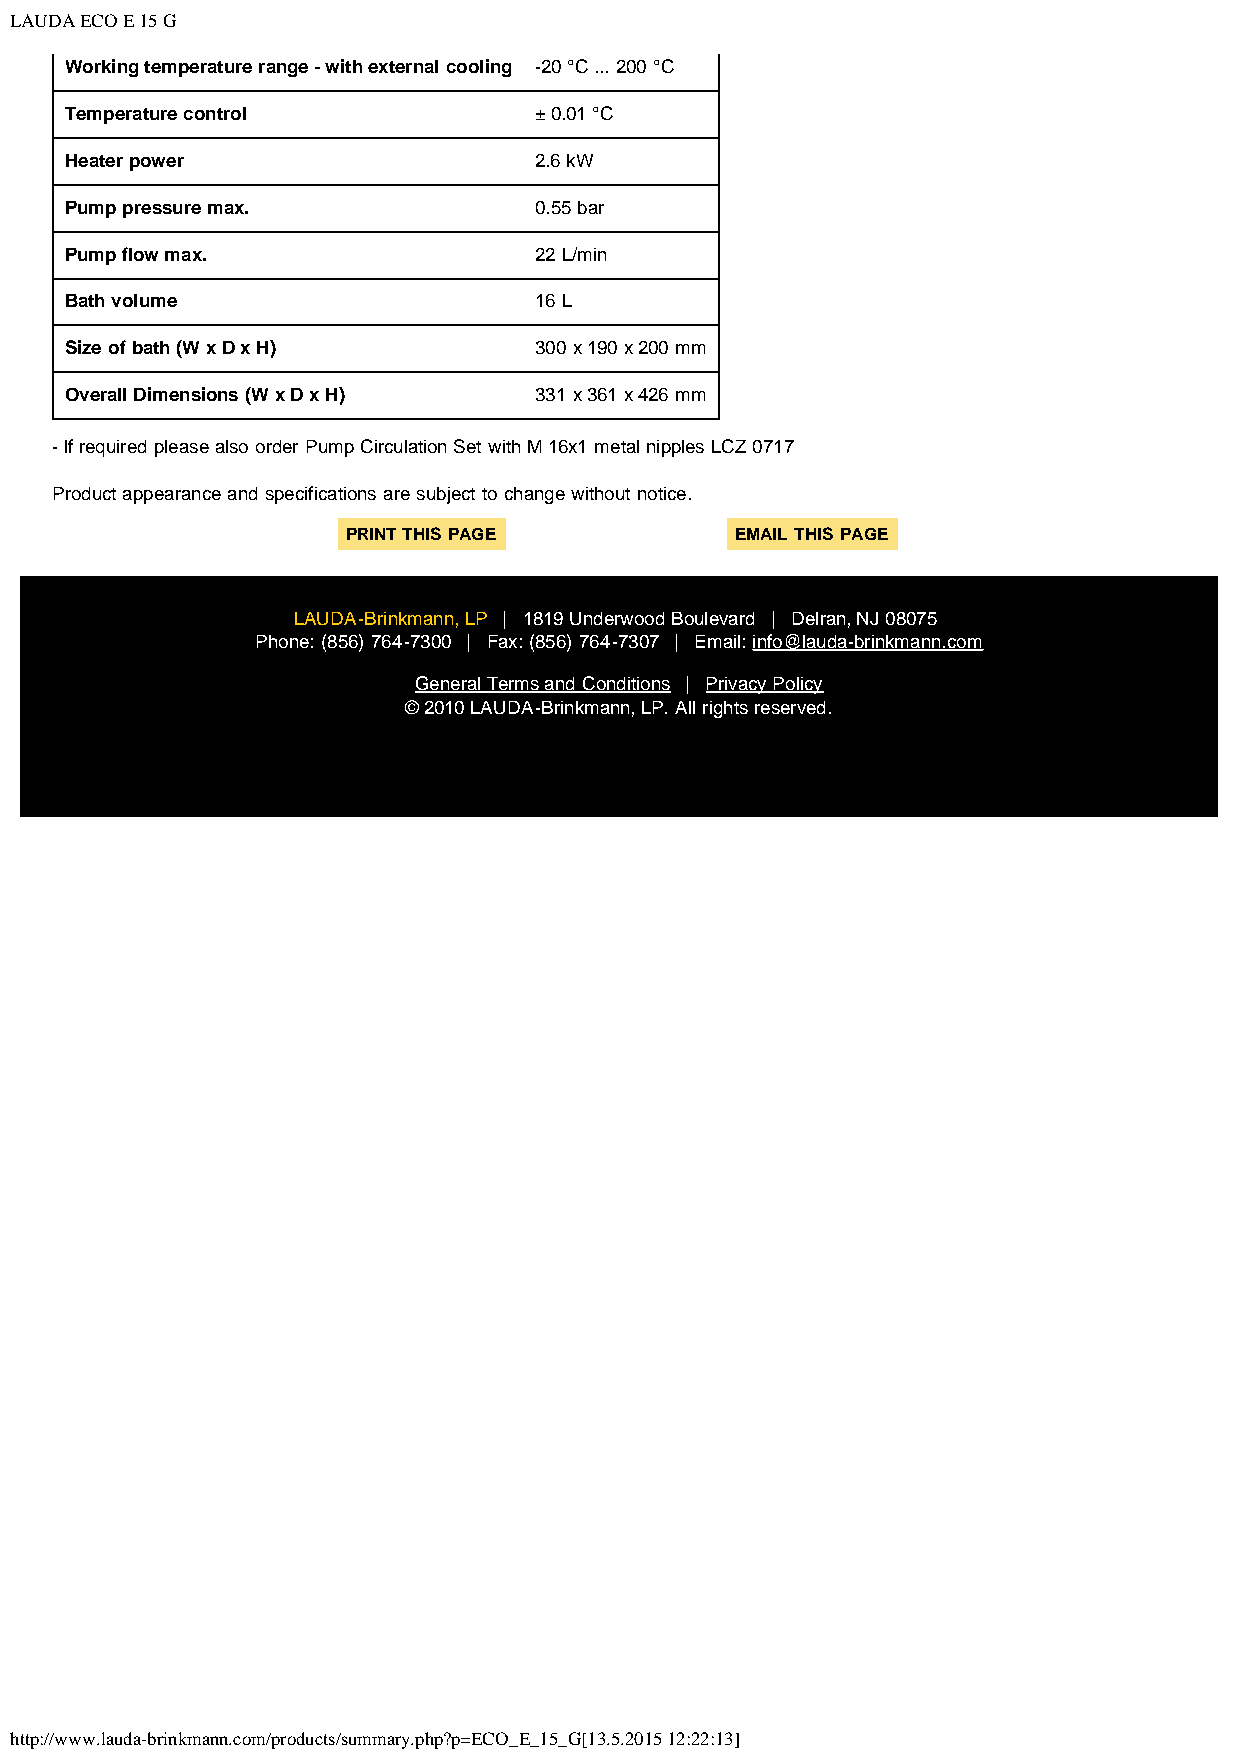
LAUDA ECO E 15 G
 Working temperature range - with external cooling -20 °C ... 200 °C
 Temperature control            ± 0.01 °C
 Heater power                   2.6 kW
 Pump pressure max.             0.55 bar
 Pump flow max.                 22 L/min
 Bath volume                    16 L
 Size of bath (W x D x H)       300 x 190 x 200 mm
 Overall Dimensions (W x D x H) 331 x 361 x 426 mm
 - If required please also order Pump Circulation Set with M 16x1 metal nipples LCZ 0717
 Product appearance and specifications are subject to change without notice.
 PRINT THIS PAGE           EMAIL THIS PAGE
 LAUDA-Brinkmann, LP | 1819 Underwood Boulevard | Delran, NJ 08075
 Phone: (856) 764-7300 | Fax: (856) 764-7307 | Email: info@lauda-brinkmann.com
 General Terms and Conditions | Privacy Policy
 © 2010 LAUDA-Brinkmann, LP. All rights reserved.
 http://www.lauda-brinkmann.com/products/summary.php?p=ECO_E_15_G[13.5.2015 12:22:13]